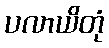
ပလာယိတုံ